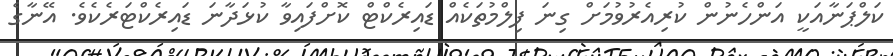
ކަލްޕަނާއަކީ އަންހެނުން ކުރިއެރުވުމަށް ގިނަ ފިލްމުތަކެއް ޑައިރެކްޓް ކޮށްފައިވާ ކުޅަދާނަ ޑައިރެކްޓަރެކެވެ. އޭނާގެ